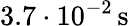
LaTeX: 3.7\cdot 10^{-2}\, \mathrm{s}